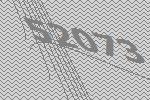
52073